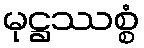
မုဋ္ဌဿစ္စံ